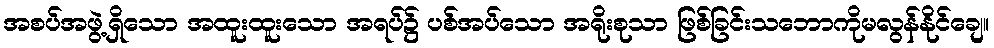
အစပ်အဖွဲ့ရှိသော အထူးထူးသော အရပ်၌ ပစ်အပ်သော အရိုးစုသာ ဖြစ်ခြင်းသဘောကိုမလွန်နိုင်ချေ။